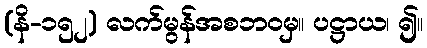
(နိ-၁၅၂) လက်မွန်အစဘဝမှ။ ပဋ္ဌာယ၊ ၍။